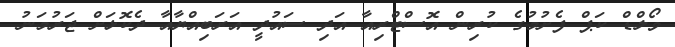
ވޯލްޑް ކަޕް ފެށުމުގެ ކުރިން އޮސްޓްރިއާ އަދި ސައުދީ އަރަބިއްޔާއާ ދެކޮޅަށް ޖަރުމަނު